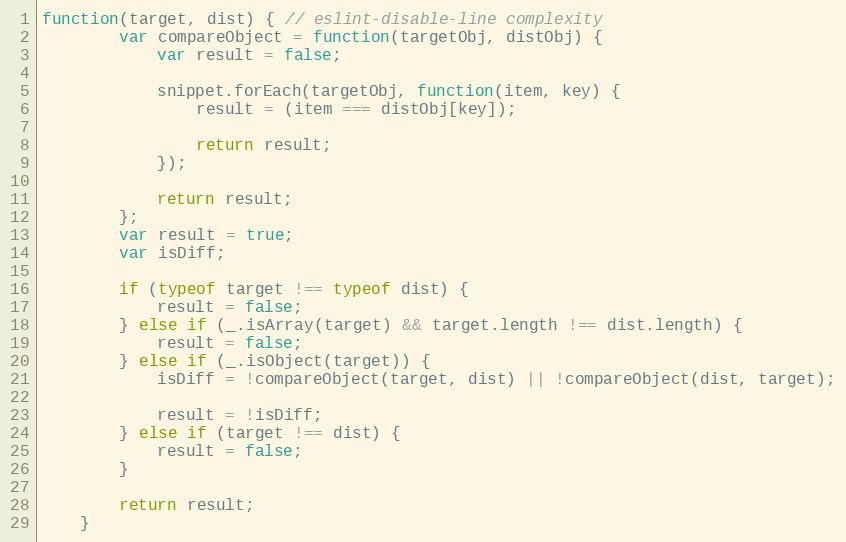
Language: JavaScript
function(target, dist) { // eslint-disable-line complexity
        var compareObject = function(targetObj, distObj) {
            var result = false;

            snippet.forEach(targetObj, function(item, key) {
                result = (item === distObj[key]);

                return result;
            });

            return result;
        };
        var result = true;
        var isDiff;

        if (typeof target !== typeof dist) {
            result = false;
        } else if (_.isArray(target) && target.length !== dist.length) {
            result = false;
        } else if (_.isObject(target)) {
            isDiff = !compareObject(target, dist) || !compareObject(dist, target);

            result = !isDiff;
        } else if (target !== dist) {
            result = false;
        }

        return result;
    }